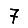
Digit: 7